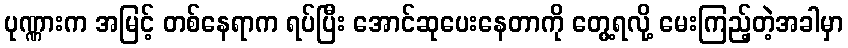
ပုဏ္ဏားက အမြင့် တစ်နေရာက ရပ်ပြီး အောင်ဆုပေးနေတာကို တွေ့ရလို့ မေးကြည့်တဲ့အခါမှာ